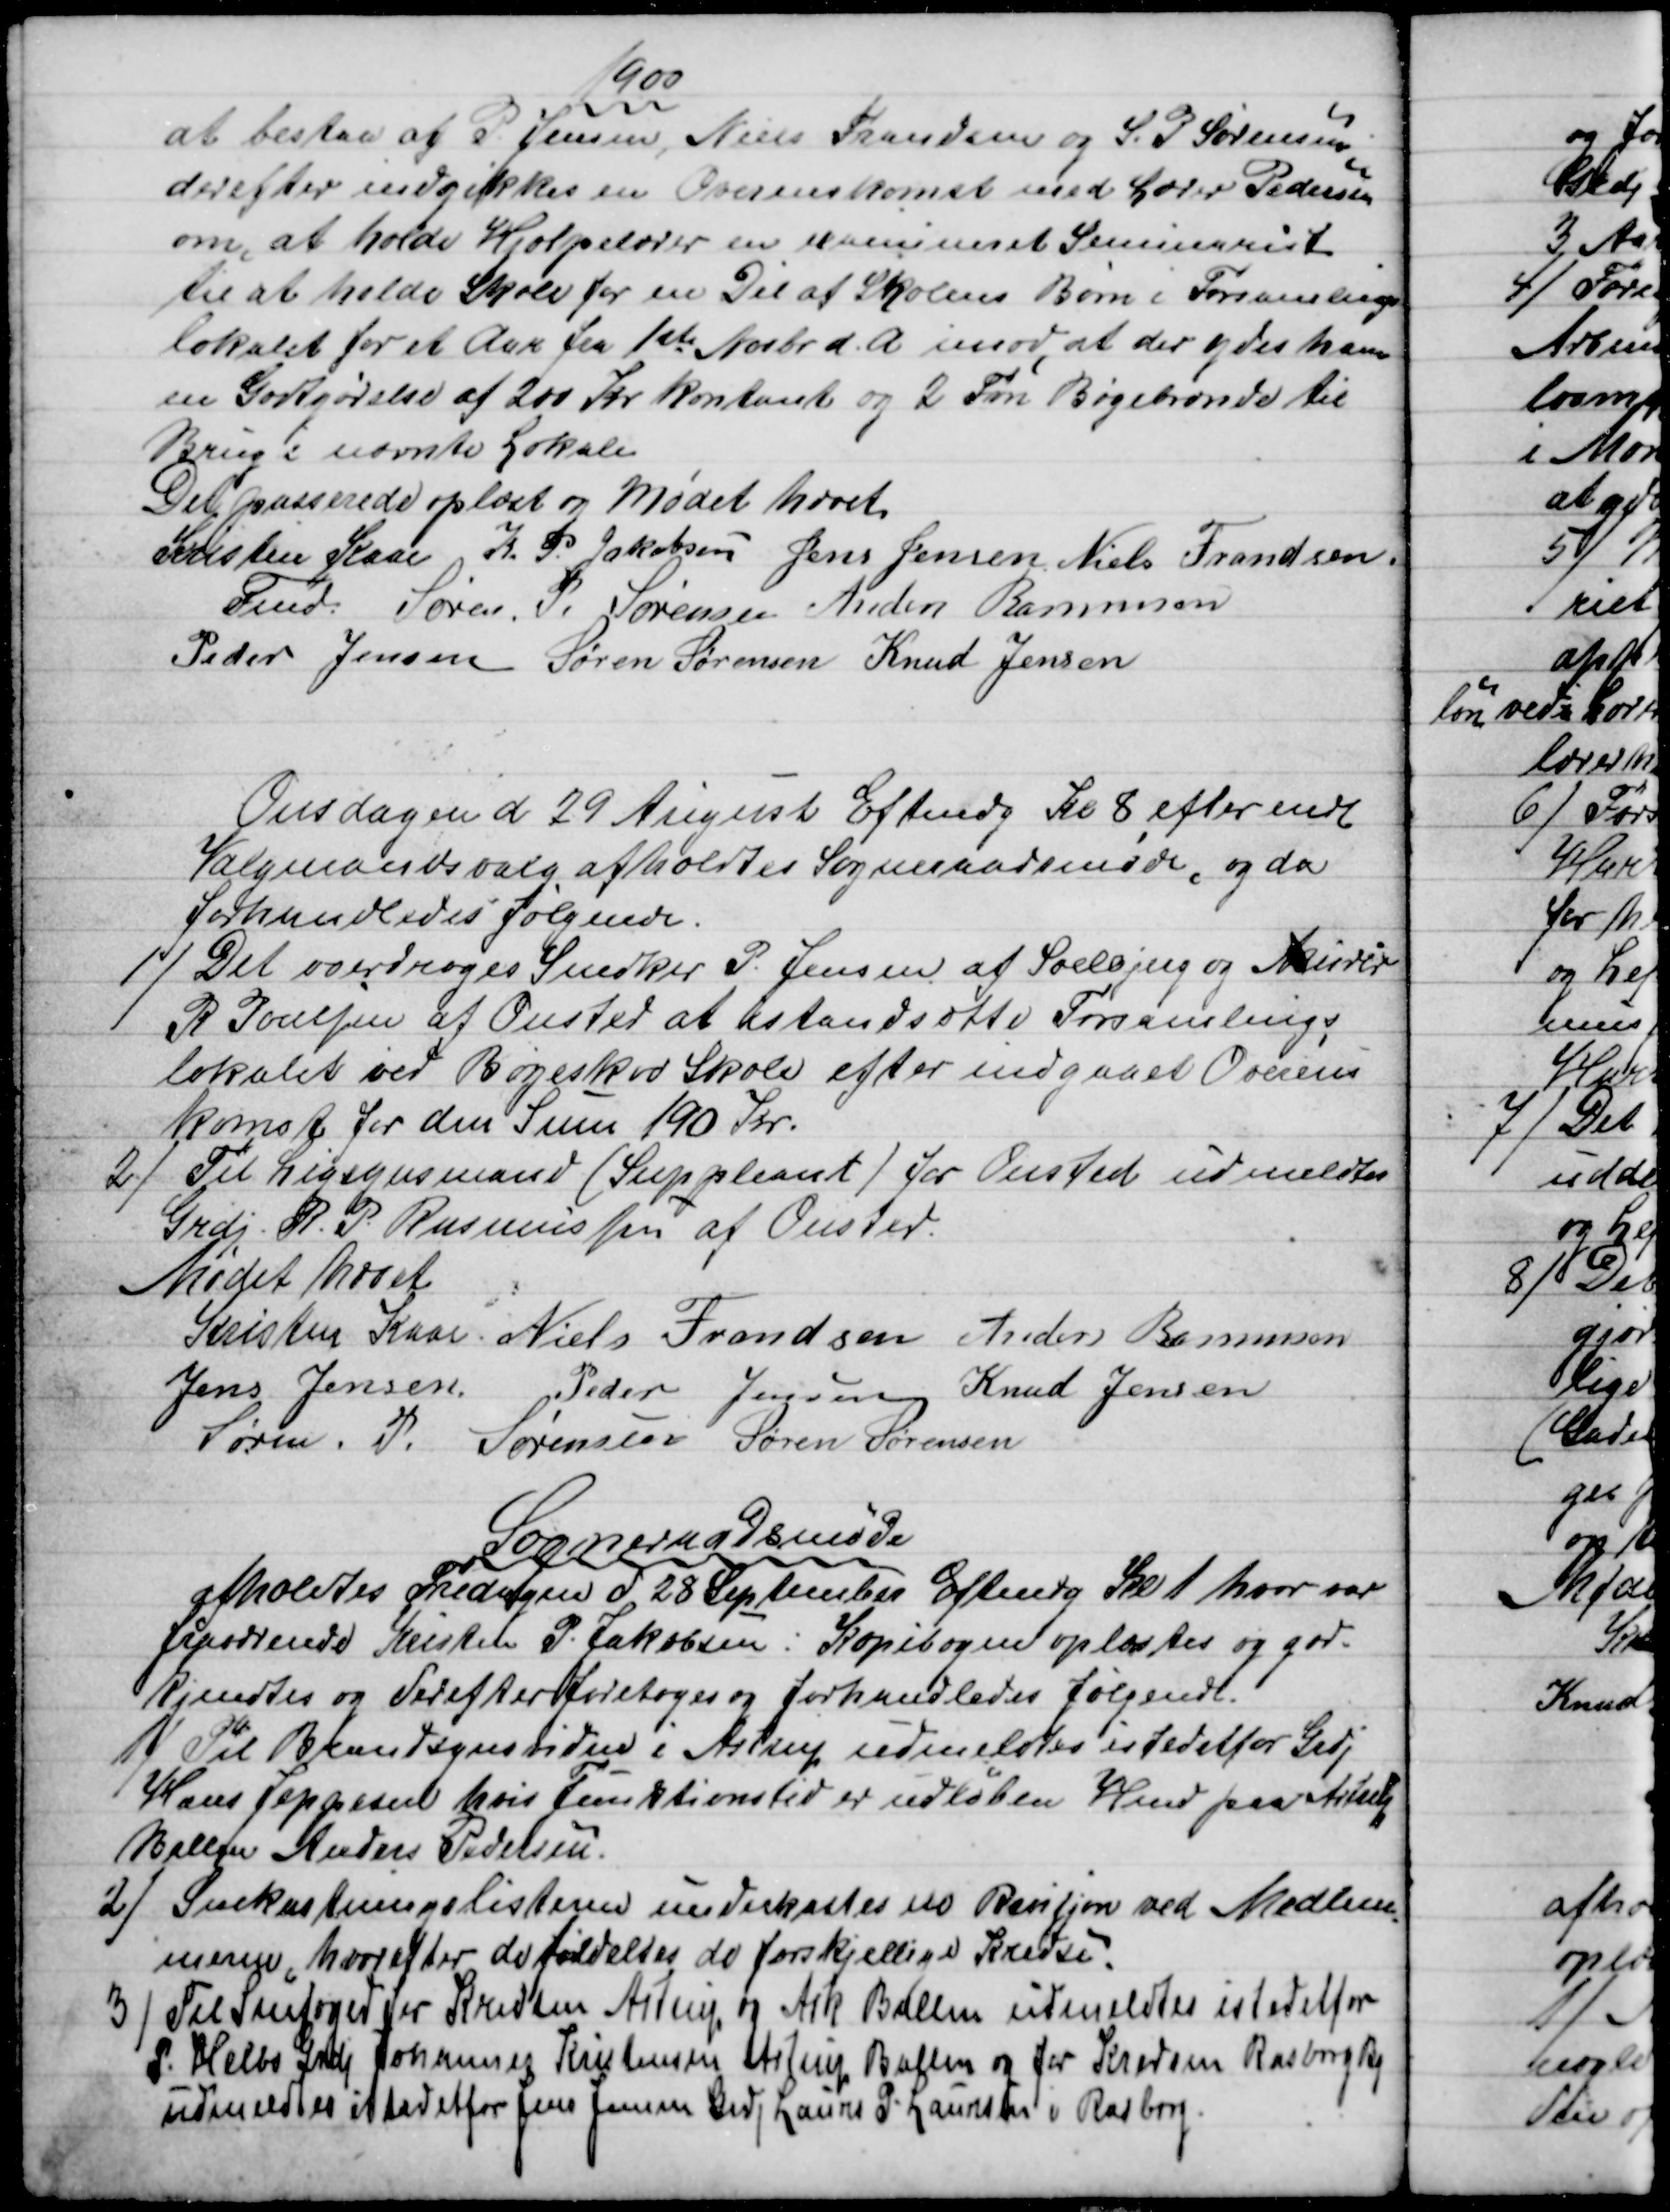
Transskription:
1900
at bestaa af P. Jensen, Niels Frandsen og S. P Sørensen
derefter indgikkes en Overenskomst med Lærer Pedersen
om, at holde Hjælpelærer en eksamineret Seminarist
til at holde Skole for en Dél af Skolens Børn i Forsamlings-
lokalet for et Aar fra 1ste Novbr. d. A. imod at der ydes ham
en Godtgørelse af 200 Kr kontant og 2 Fvn Bøgebrønde til 
Brug i nævnte Lokale
Det passerede oplæst og Mødet hævet
Kristen Kaae 
Fmd. 
K. P. Jakobsen Jens Jensen Niels Frandsen
Søren. P. Sørensen Anders Rasmussen
Peder Jensen Søren Sørensen Knud Jensen
Onsdagen d 29 August Eftmdg Kl 8 efter endt
Valgmandsvalg afholdtes Sogneraadsmøde, og da
forhandledes følgende.
1)
Det overdroges Snedker P. Jensen af Soelbjerg og Murer
R Poulsen af Onsted at istandsætte Forsamlings
lokalet ved Bøgeskov Skole efter indgaaet Overens
komst for den Sum 190 Kr.
2)
Til Ligsynsmand (Suppleant) for Onsted udmeldtes
Grdj R. P. Rasmussen af Onsted.
Mødet hævet
Kristen Kaae Niels Frandsen Anders Rasmussen
Jens Jensen Peder Jensen Knud Jensen
Søren. P. Sørensen Søren Sørensen
Sogneraadsmøde
afholdtes Fredagen d 28 September Eftmdg Kl 1 hvor var
fraværende Kristen P. Jakobsen: Kopibogen oplæstes og god-
kjendtes og derefter foretoges og forhandledes følgende.
1)
Til Brandsynsvidnr i Astrup udmeldtes istedetfor Grdj
Hans Jeppesen hvis funktionstid er udløben Hmd paa Astrup
Ballen Anders Pedersen.
2)
Snekastningslisterne underkastes en Revisjon ved Medlem
=
merne, hvorefter de fordeltes de forskjellige Kredse.
3)
Til Snefoged for Kredsen Astrup og Ask Ballen udmeldtes istedetfor
P. Helbo Grdj Johannes Kristensen Astrup Ballen og for Kredsen Rasborg By
udmeldtes istedetfor Jens Jensen Grdj Laurs P. Laursen i Rasborg.